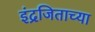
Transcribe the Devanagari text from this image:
इंद्रजिताच्या